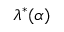
\lambda ^ { \ast } ( \alpha )